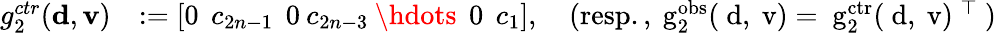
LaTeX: \begin{array}{rl}{g_{2}^{ctr}({\mathbf d},{\mathbf v})}&{:=\left[\begin{array}{l}{0\: \: c_{2n-1}\: \: 0\: c_{2n-3}\: \hdots\: \: 0\: \: c_{1}}\end{array}\right],\quad\mathrm{(resp.,~g^{obs}_2({\mathbf~d},{\mathbf~v})=~g^{ctr}_2({\mathbf~d},{\mathbf~v})~^{\top}~)}}\end{array}